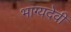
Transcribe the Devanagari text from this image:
भाग्यदेवी